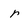
Character: r